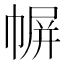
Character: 幈